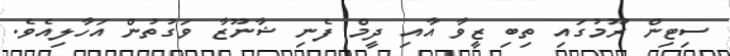
ސިޓިން ރޫމުގައި ތިބި ޒީވާ އާއި ދީމް ފެނި ޝާނޫޒާ ވަގުތުން އަހާލިއެވެ.